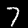
Label: 7